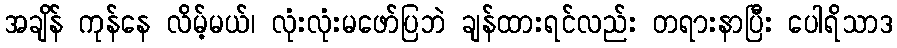
အချိန် ကုန်နေ လိမ့်မယ်၊ လုံးလုံးမဖော်ပြဘဲ ချန်ထားရင်လည်း တရားနာပြီး ပေါရိသာဒ